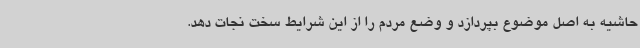
حاشیه به اصل موضوع بپردازد و وضع مردم را از این شرایط سخت نجات دهد.